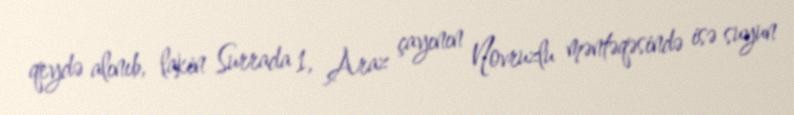
qeydə alınıb, lakin Surrada 1, Araz çayının Novruzlu məntəqəsində isə suyun